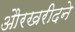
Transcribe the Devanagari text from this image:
औरखरीदने